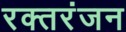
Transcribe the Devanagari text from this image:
रक्तरंजन